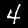
Digit: 4